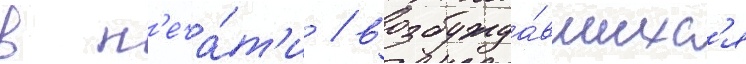
в п'еча́т'и / возбужда́вшихс'я